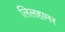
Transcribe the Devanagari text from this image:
लिलहामर